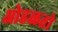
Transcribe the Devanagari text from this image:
ओहळतो